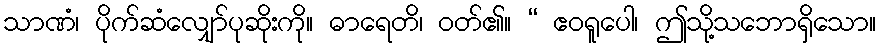
သာဏံ၊ ပိုက်ဆံလျှော်ပုဆိုးကို။ ဓာရေတိ၊ ဝတ်၏။ “ ဧဝရူပေါ၊ ဤသို့သဘောရှိသော။